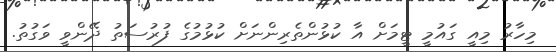
މިހާރު މިއީ ގައުމީ ޓީމަށް އާ ކުޅުންތެރިންނަށް ކުޅުމުގެ ފުރުސަތު ދޭންވީ ވަގުތު.